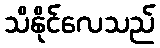
သိနိုင်လေသည်